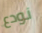
نودع